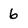
Character: 6